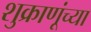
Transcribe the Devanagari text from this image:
शुक्राणूंच्या